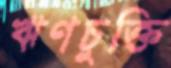
ঋণচুক্তি